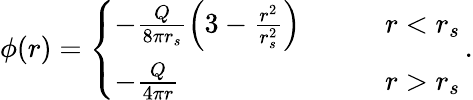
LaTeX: \phi(r)=\left\{ \begin{array}{ll}{-\frac Q{8\pi r_{s}}\left(3-\frac{r^{2}}{r_{s}^{2}}\right)\qquad}&{r<r_{s}}\\ {-\frac Q{4\pi r}}&{r>r_{s}}\end{array}\right.\, .